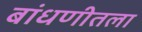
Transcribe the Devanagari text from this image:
बांधणीतला